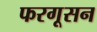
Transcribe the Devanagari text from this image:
फरगूसन